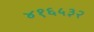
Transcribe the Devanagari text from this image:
४१६५३२